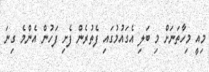
މިއީ މިހާތަނަށް މި ބަލި އެގައުމުގައި ފެތުރެން ފެށި ފަހުން އެންމެ ގިނަ